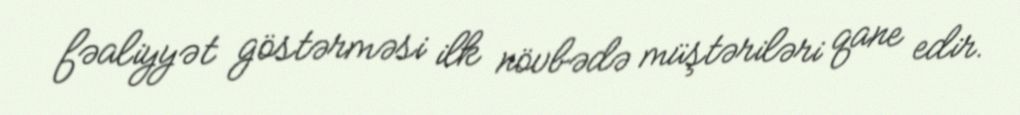
fəaliyyət göstərməsi ilk növbədə müştəriləri qane edir.